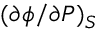
( \partial \phi / \partial P ) _ { S }